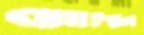
ব্যর্থদিনে